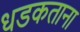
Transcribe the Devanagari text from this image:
धडकताना